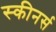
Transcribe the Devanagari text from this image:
स्कीनर्स